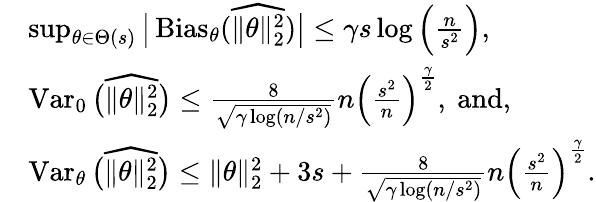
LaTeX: \begin{array}{rl}&{\operatorname*{sup}_{\theta\in\Theta(s)}\big|\operatorname{Bias}_{\theta}(\widehat{\| \theta\| _{2}^{2}})\big|\leq\gamma s\log\Big(\frac n{s^{2}}\Big),}\\ &{\operatorname{Var}_{0}\big(\widehat{\| \theta\| _{2}^{2}}\big)\leq\frac{8}{\sqrt{\gamma\log(n/s^{2})}}n\Big(\frac{s^{2}}{n}\Big)^{\frac{\gamma}2},\mathrm{~and,}}\\ &{\operatorname{Var}_{\theta}\big(\widehat{\| \theta\| _{2}^{2}}\big)\leq\| \theta\| _{2}^{2}+3s+\frac{8}{\sqrt{\gamma\log(n/s^{2})}}n\Big(\frac{s^{2}}{n}\Big)^{\frac{\gamma}2}.}\end{array}